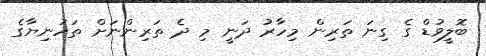
ބޮލީވުޑް ގެ ގިނަ ތަރިން މިހާރު ދަނީ މި ދެ ތަރިންނަށް ތަހުނިޔާގެ